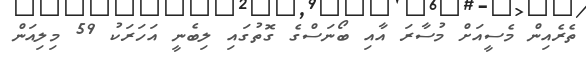
ތެރެއިން މެސީއަށް މުސާރަ އާއި ބޯނަސްގެ ގޮތުގައި ލިބެނީ އަހަރަކު 59 މިލިއަން